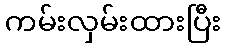
ကမ်းလှမ်းထားပြီး